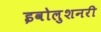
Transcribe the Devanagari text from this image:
इवोलुशनरी